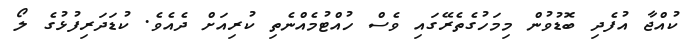
ކުއްޖާ އުފެދި ބޮޑުވުން މިމަހުގެތެރޭގައި ވެސް ހުއްޓުމެއްނެތި ކުރިއަށް ދެއެވެ. ކުޑަދަރިފުޅުގެ ލޯ